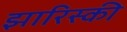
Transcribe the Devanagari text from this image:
झारिस्की